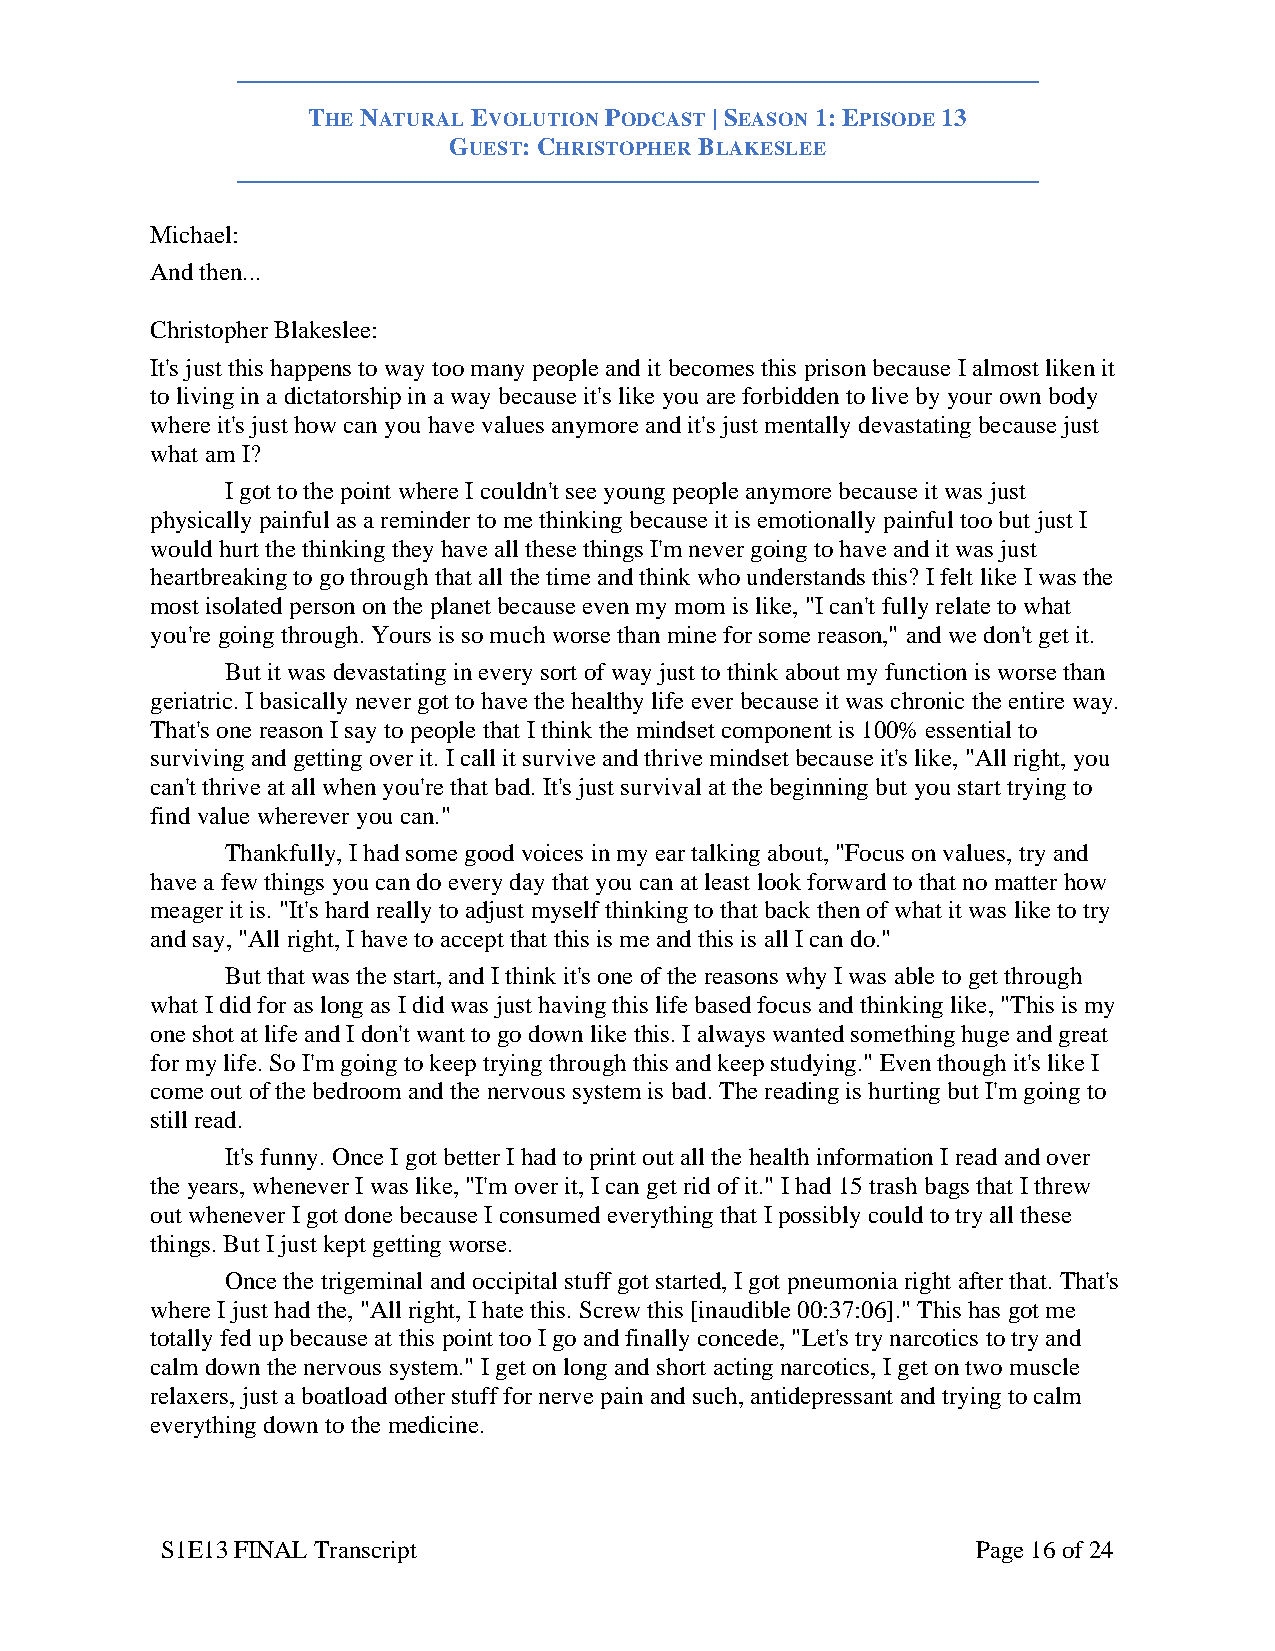
THE NATURAL EVOLUTION PODCAST | SEASON 1: EPISODE 13
 GUEST: CHRISTOPHER BLAKESLEE
 Michael:
 And then...
 Christopher Blakeslee:
 It's just this happens to way too many people and it becomes this prison because I almost liken it
 to living in a dictatorship in a way because it's like you are forbidden to live by your own body
 where it's just how can you have values anymore and it's just mentally devastating because just
 what am I?
 I got to the point where I couldn't see young people anymore because it was just
 physically painful as a reminder to me thinking because it is emotionally painful too but just I
 would hurt the thinking they have all these things I'm never going to have and it was just
 heartbreaking to go through that all the time and think who understands this? I felt like I was the
 most isolated person on the planet because even my mom is like, "I can't fully relate to what
 you're going through. Yours is so much worse than mine for some reason," and we don't get it.
 But it was devastating in every sort of way just to think about my function is worse than
 geriatric. I basically never got to have the healthy life ever because it was chronic the entire way.
 That's one reason I say to people that I think the mindset component is 100% essential to
 surviving and getting over it. I call it survive and thrive mindset because it's like, "All right, you
 can't thrive at all when you're that bad. It's just survival at the beginning but you start trying to
 find value wherever you can."
 Thankfully, I had some good voices in my ear talking about, "Focus on values, try and
 have a few things you can do every day that you can at least look forward to that no matter how
 meager it is. "It's hard really to adjust myself thinking to that back then of what it was like to try
 and say, "All right, I have to accept that this is me and this is all I can do."
 But that was the start, and I think it's one of the reasons why I was able to get through
 what I did for as long as I did was just having this life based focus and thinking like, "This is my
 one shot at life and I don't want to go down like this. I always wanted something huge and great
 for my life. So I'm going to keep trying through this and keep studying." Even though it's like I
 come out of the bedroom and the nervous system is bad. The reading is hurting but I'm going to
 still read.
 It's funny. Once I got better I had to print out all the health information I read and over
 the years, whenever I was like, "I'm over it, I can get rid of it." I had 15 trash bags that I threw
 out whenever I got done because I consumed everything that I possibly could to try all these
 things. But I just kept getting worse.
 Once the trigeminal and occipital stuff got started, I got pneumonia right after that. That's
 where I just had the, "All right, I hate this. Screw this [inaudible 00:37:06]." This has got me
 totally fed up because at this point too I go and finally concede, "Let's try narcotics to try and
 calm down the nervous system." I get on long and short acting narcotics, I get on two muscle
 relaxers, just a boatload other stuff for nerve pain and such, antidepressant and trying to calm
 everything down to the medicine.
 S1E13 FINAL Transcript                                Page 16 of 24